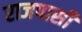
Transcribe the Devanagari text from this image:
राजपासी